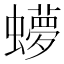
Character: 𬠳